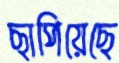
ছাপিয়েছে